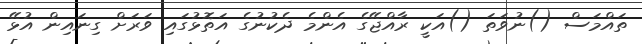
ތައްމަސް ()ނުވަތަ ()އަކީ ރާއްޖޭގެ އެންމެ ދެކުނުގެ އަތޮޅުގައި ވަރަށް ގިނައިން އުޅޭ